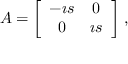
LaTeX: A = \left[ \begin{array} { c c } { { - \i s } } & { { 0 } } \\ { { 0 } } & { { \i s } } \end{array} \right] \, ,